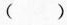
()